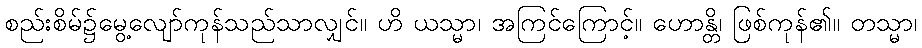
စည်းစိမ်၌မွေ့လျော်ကုန်သည်သာလျှင်။ ဟိ ယသ္မာ၊ အကြင်ကြောင့်။ ဟောန္တိ၊ ဖြစ်ကုန်၏။ တသ္မာ၊